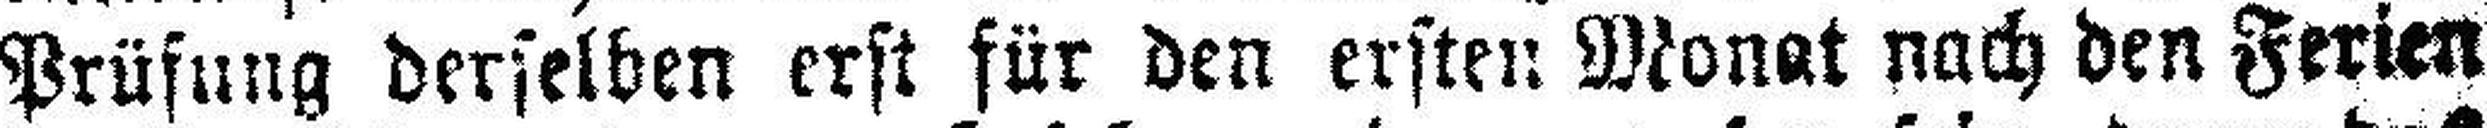
Prüfung derselben erst für den ersten Monat nach den Ferien